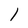
Character: 1